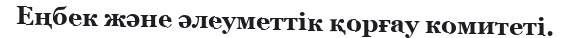
Еңбек және әлеуметтік қорғау комитеті.